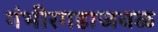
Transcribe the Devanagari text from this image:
गंभीरगडाजवळ